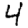
Digit: 4